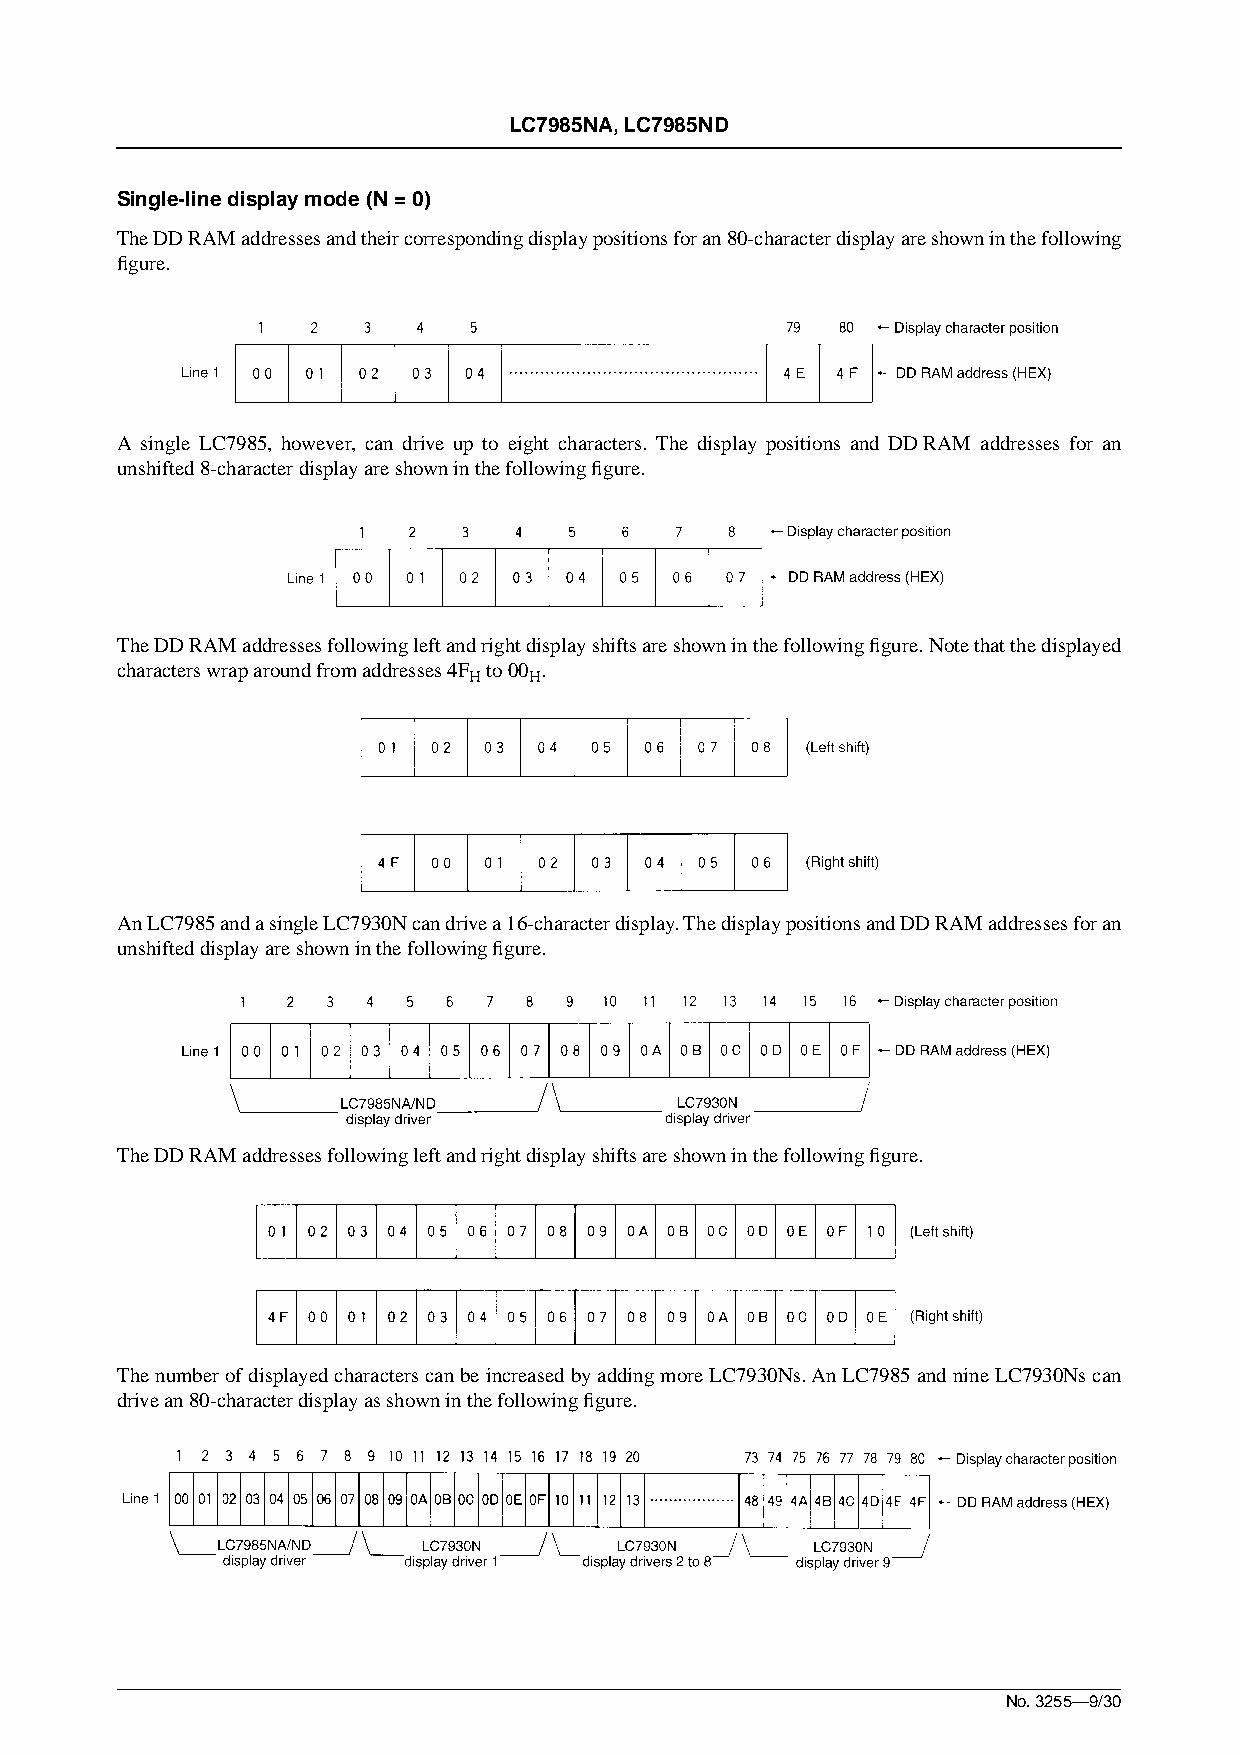
LC7985NA, LC7985ND
 Single-line display mode (N = 0)
 The DD RAM addresses and their corresponding display positions for an 80-character display are shown in the following
 figure.
 A single LC7985, however, can drive up to eight characters. The display positions and DD RAM addresses for an
 unshifted 8-character display are shown in the following figure.
 The DD RAM addresses following left and right display shifts are shown in the following figure. Note that the displayed
 characters wrap around from addresses 4F to 00 .
 H   H
 An LC7985 and a single LC7930N can drive a 16-character display. The display positions and DD RAM addresses for an
 unshifted display are shown in the following figure.
 The DD RAM addresses following left and right display shifts are shown in the following figure.
 The number of displayed characters can be increased by adding more LC7930Ns. An LC7985 and nine LC7930Ns can
 drive an 80-character display as shown in the following figure.
 No. 3255—9/30